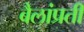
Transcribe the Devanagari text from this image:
बैलांप्रती